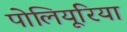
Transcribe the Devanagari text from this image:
पोलियूरिया